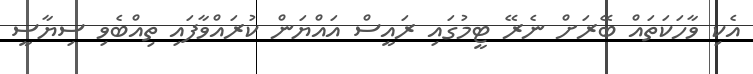
އެކި ވާހަކަތައް ބޭރަށް ނެރޭ ޓީމުގައި ރައީސް އައްޔަން ކުރައްވާފައި ތިއްބެވި ސިޔާސީ